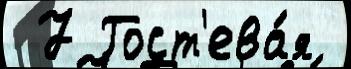
 7 Гост'ева́я